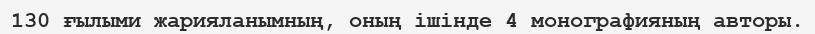
130 ғылыми жарияланымның, оның ішінде 4 монографияның авторы.